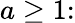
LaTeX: a\geq 1{:}